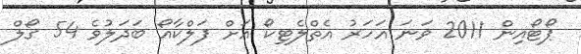
ޕޯޓޯއިން 2011 ވަނަ އަހަރު އެތްލެޓިކޯ އަށް ފަލްކާއޯ ބަދަލުވެ 54 ގޯލް